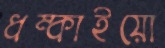
ধম্‌কাইয়ো